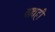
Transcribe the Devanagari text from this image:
वाद्यही